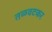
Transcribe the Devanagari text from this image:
तळवटकर